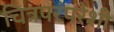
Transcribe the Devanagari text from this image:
चित्रपरंपरेशी